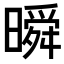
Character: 𣊬